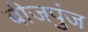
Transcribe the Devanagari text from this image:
बीजपुंज